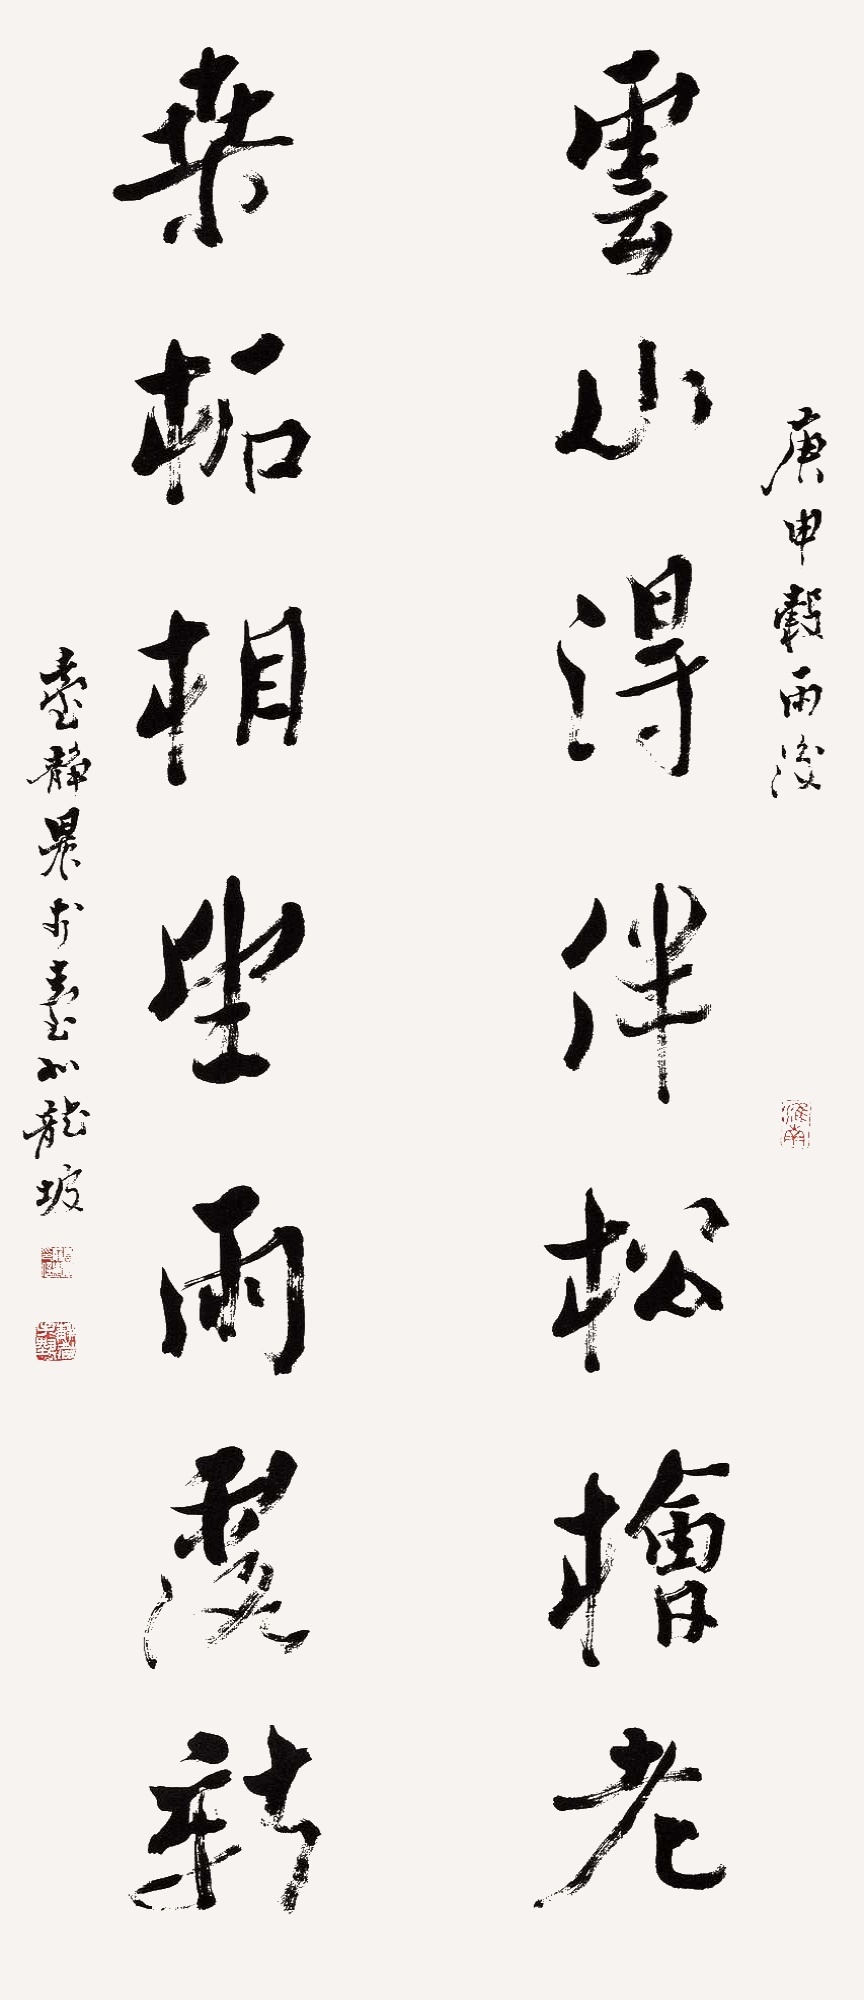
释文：云山得伴松桧老，桑柘相望雨露新。庚申谷雨后，台静农于台北龙坡。